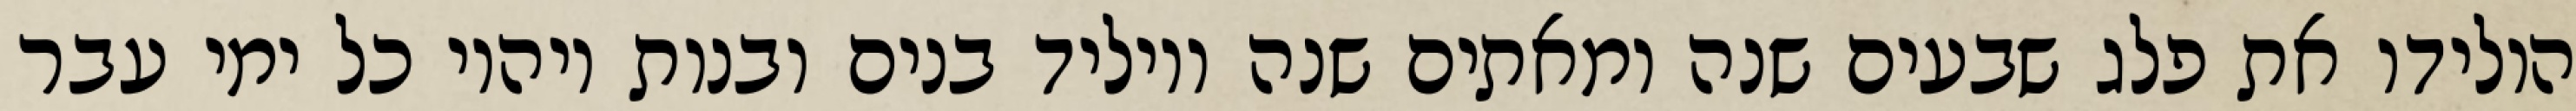
הולידו את פלג שבעים שנה ומאתים שנה ויוליד בנים ובנות ויהיו כל ימי עבר